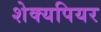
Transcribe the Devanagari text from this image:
शेक्यपियर